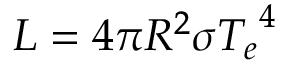
L = 4 \pi R ^ { 2 } \sigma { T _ { e } } ^ { 4 }